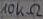
Text: 10KΩ